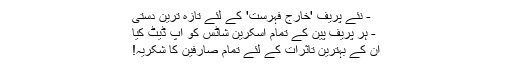
- نئے پریف 'خارج فہرست' کے لئے تازہ ترین دستی
- ہر پریف پین کے تمام اسکرین شاٹس کو اپ ڈیٹ کیا
ان کے بہترین تاثرات کے لئے تمام صارفین کا شکریہ!